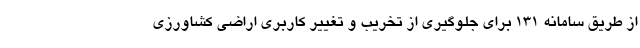
از طریق سامانه ۱۳۱ برای جلوگیری از تخریب و تغییر کاربری اراضی کشاورزی